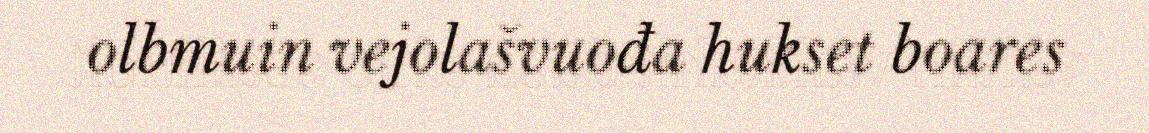
olbmuin vejolašvuođa hukset boares